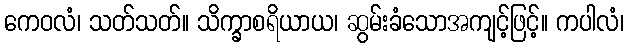
ကေဝလံ၊ သတ်သတ်။ သိက္ခာစရိယာယ၊ ဆွမ်းခံသောအကျင့်ဖြင့်။ ကပါလံ၊